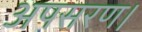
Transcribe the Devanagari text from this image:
अपसरण।